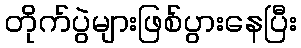
တိုက်ပွဲများဖြစ်ပွားနေပြီး